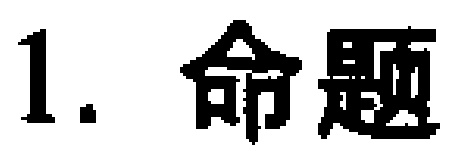
1. 命题